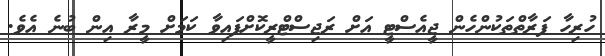
ހުރިހާ ފަރާތްތަކުންހެން ޖީއެސްޓީ އަށް ރަޖިސްޓްރީކޮށްފައިވާ ކަމަށް މީރާ އިން ބުނެ އެވެ.